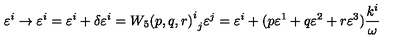
\varepsilon ^ { i } \rightarrow { \varepsilon ^ { i } } = \varepsilon ^ { i } + \delta \varepsilon ^ { i } = { { W _ { 5 } ( p , q , r ) } ^ { i } } _ { j } \varepsilon ^ { j } = \varepsilon ^ { i } + ( p \varepsilon ^ { 1 } + q \varepsilon ^ { 2 } + r \varepsilon ^ { 3 } ) \frac { k ^ { i } } { \omega }